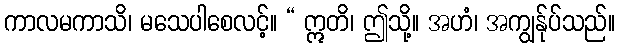
ကာလမကာသိ၊ မသေပါစေလင့်။ “ ဣတိ၊ ဤသို့။ အဟံ၊ အကျွန်ုပ်သည်။